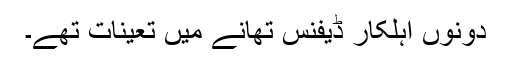
دونوں اہلکار ڈیفنس تھانے میں تعینات تھے۔